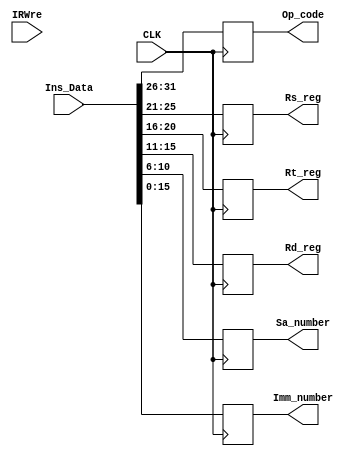
`timescale 1ns / 1ps

module IR(
    input CLK,
    input [31:0] Ins_Data,
    input IRWre,
    output reg [5:0] Op_code,
    output reg [4:0] Rs_reg,
    output reg [4:0] Rt_reg,
    output reg [4:0] Rd_reg,
    output reg [4:0] Sa_number,
    output reg [15:0] Imm_number
);

    // reg [31:0] Ins_Data;
    // always@(negedge CLK) begin
    //     if (IRWre == 1)
    //         Ins_Data = Data_in;
    //     else 
    //         Ins_Data = Ins_Data;
    // end

    always@(posedge CLK) begin
        Op_code <=  Ins_Data[31:26];
        Rs_reg <= Ins_Data[25:21];
        Rt_reg <= Ins_Data[20:16];
        Rd_reg <= Ins_Data[15:11];
        Sa_number <= Ins_Data[10:6];
        Imm_number <= Ins_Data[15:0];   
    end

endmodule